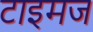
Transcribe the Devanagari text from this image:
टाइमज